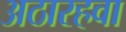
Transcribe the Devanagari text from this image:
अठारहवा